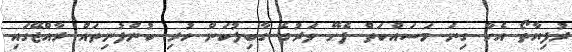
ރުފިޔާތޯ އެހާ ގިނަ މަސައްކަތް ފެށޭ ވަރުގެ ގާބިލުކަން ހުރި ކުންފުނިތައް ރާއްޖޭގައި